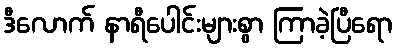
ဒီလောက် နာရီပေါင်းများစွာ ကြာခဲ့ပြီရော